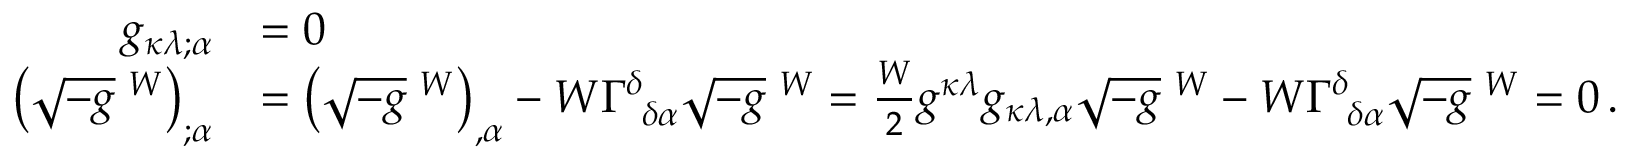
{ \begin{array} { r l } { g _ { \kappa \lambda ; \alpha } } & { = 0 } \\ { \left( { \sqrt { - g } } \; ^ { W } \right) _ { ; \alpha } } & { = \left( { \sqrt { - g } } \; ^ { W } \right) _ { , \alpha } - W \Gamma _ { ~ \delta \alpha } ^ { \delta } { \sqrt { - g } } \; ^ { W } = { \frac { W } { 2 } } g ^ { \kappa \lambda } g _ { \kappa \lambda , \alpha } { \sqrt { - g } } \; ^ { W } - W \Gamma _ { ~ \delta \alpha } ^ { \delta } { \sqrt { - g } } \; ^ { W } = 0 \, . } \end{array} }